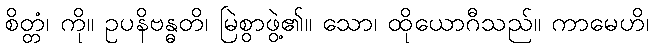
စိတ္တံ၊ ကို။ ဥပနိဗန္ဓတိ၊ မြဲစွာဖွဲ့၏။ သော၊ ထိုယောဂီသည်။ ကာမေဟိ၊